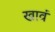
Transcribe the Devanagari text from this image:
खावं